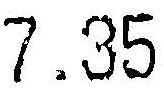
7.35